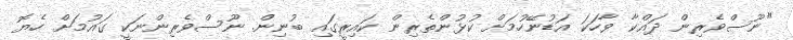
"ނޫސްވެރިން ދައްކާ ވާހަކަ އަޑުނޭހުމަށް ކުޅުންތެރިން ކައިރީގައި ބުނިން. ނޫސްވެރިންނަކީ ގައުމަށް ހެޔޮ